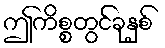
ဤကိစ္စတွင်ခုနှစ်